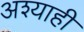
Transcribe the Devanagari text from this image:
अश्याही